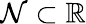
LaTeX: \mathcal{N}\subset\mathbb{{R}}